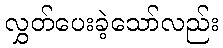
လွှတ်ပေးခဲ့သော်လည်း